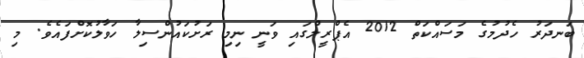
ބަނދަރު ހެދުމުގެ މަސައްކަތް 2012 އެޕްރީލްގައި ވަނީ ނިމި ރަށުކައުންސިލާ ހަވާލުކޮށްފައެވެ. މި